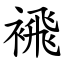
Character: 䙍